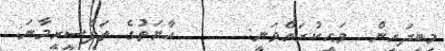
މިބީދައިން  ވަޙީކުރައްވަނީ:      އާޔަތުގެ ތަފްސީރީމާނަ: